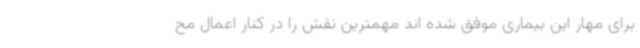
برای مهار این بیماری موفق شده اند مهمترین نقش را در کنار اعمال مح